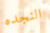
النجده